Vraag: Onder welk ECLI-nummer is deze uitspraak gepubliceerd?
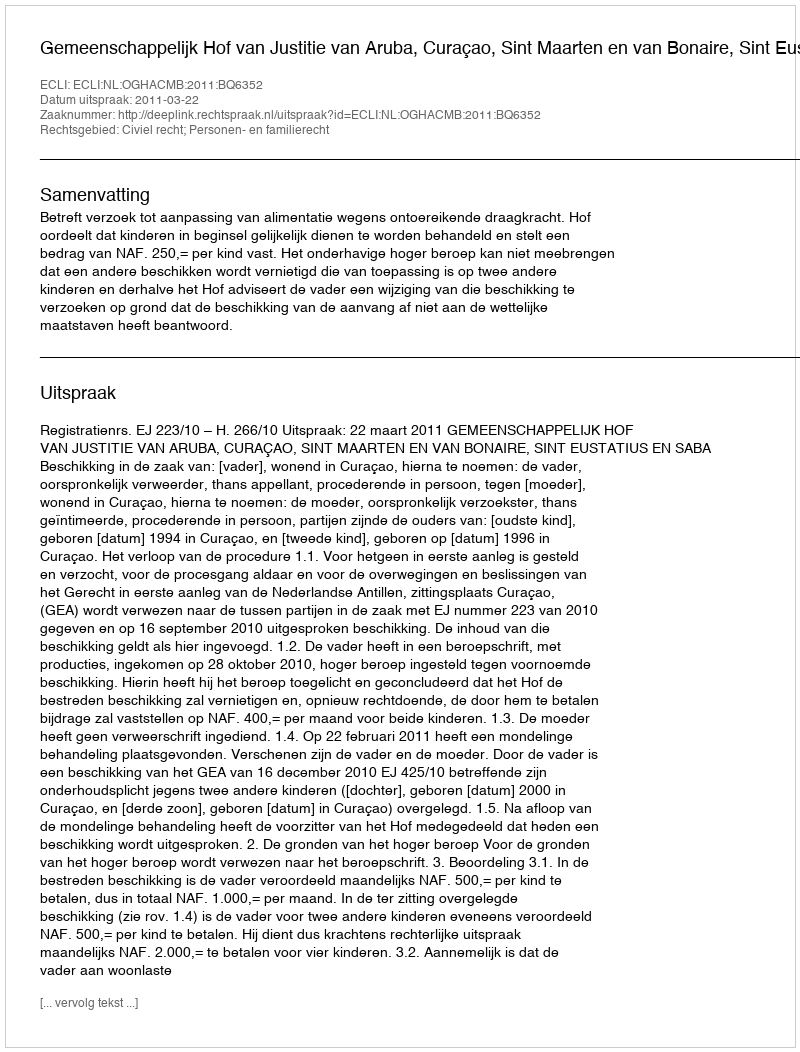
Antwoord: ECLI:NL:OGHACMB:2011:BQ6352